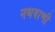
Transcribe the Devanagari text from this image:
नथवाणी